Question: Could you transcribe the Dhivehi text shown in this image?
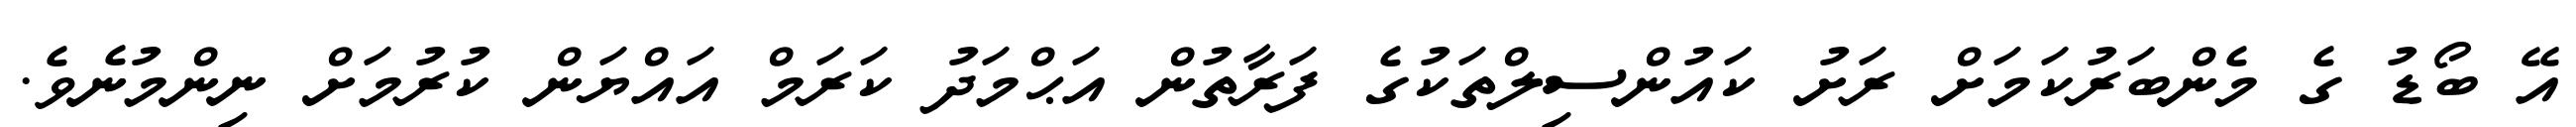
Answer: އޭ ބޯޑު ގެ މެންބަރުކަމަށް ރަށު ކައުންސިލްތަކުގެ ފަރާތުން އަޙްމަދު ކަރަމް އައްޔަން ކުރުމަށް ނިންމުނެވެ.